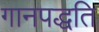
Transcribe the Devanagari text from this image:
गानपद्धति